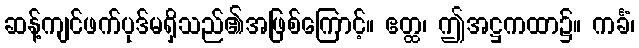
ဆန့်ကျင်ဖက်ပုဒ်မရှိသည်၏အဖြစ်ကြောင့်။ ဧတ္ထ၊ ဤအဋ္ဌကထာ၌။ ကင်္ခံ၊